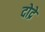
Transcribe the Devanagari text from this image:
दोद्रे